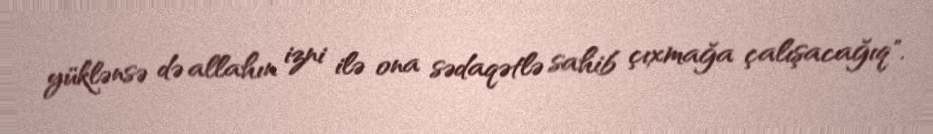
yüklənsə də allahın izni ilə ona sədaqətlə sahib çıxmağa çalışacağıq".